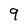
Character: 9